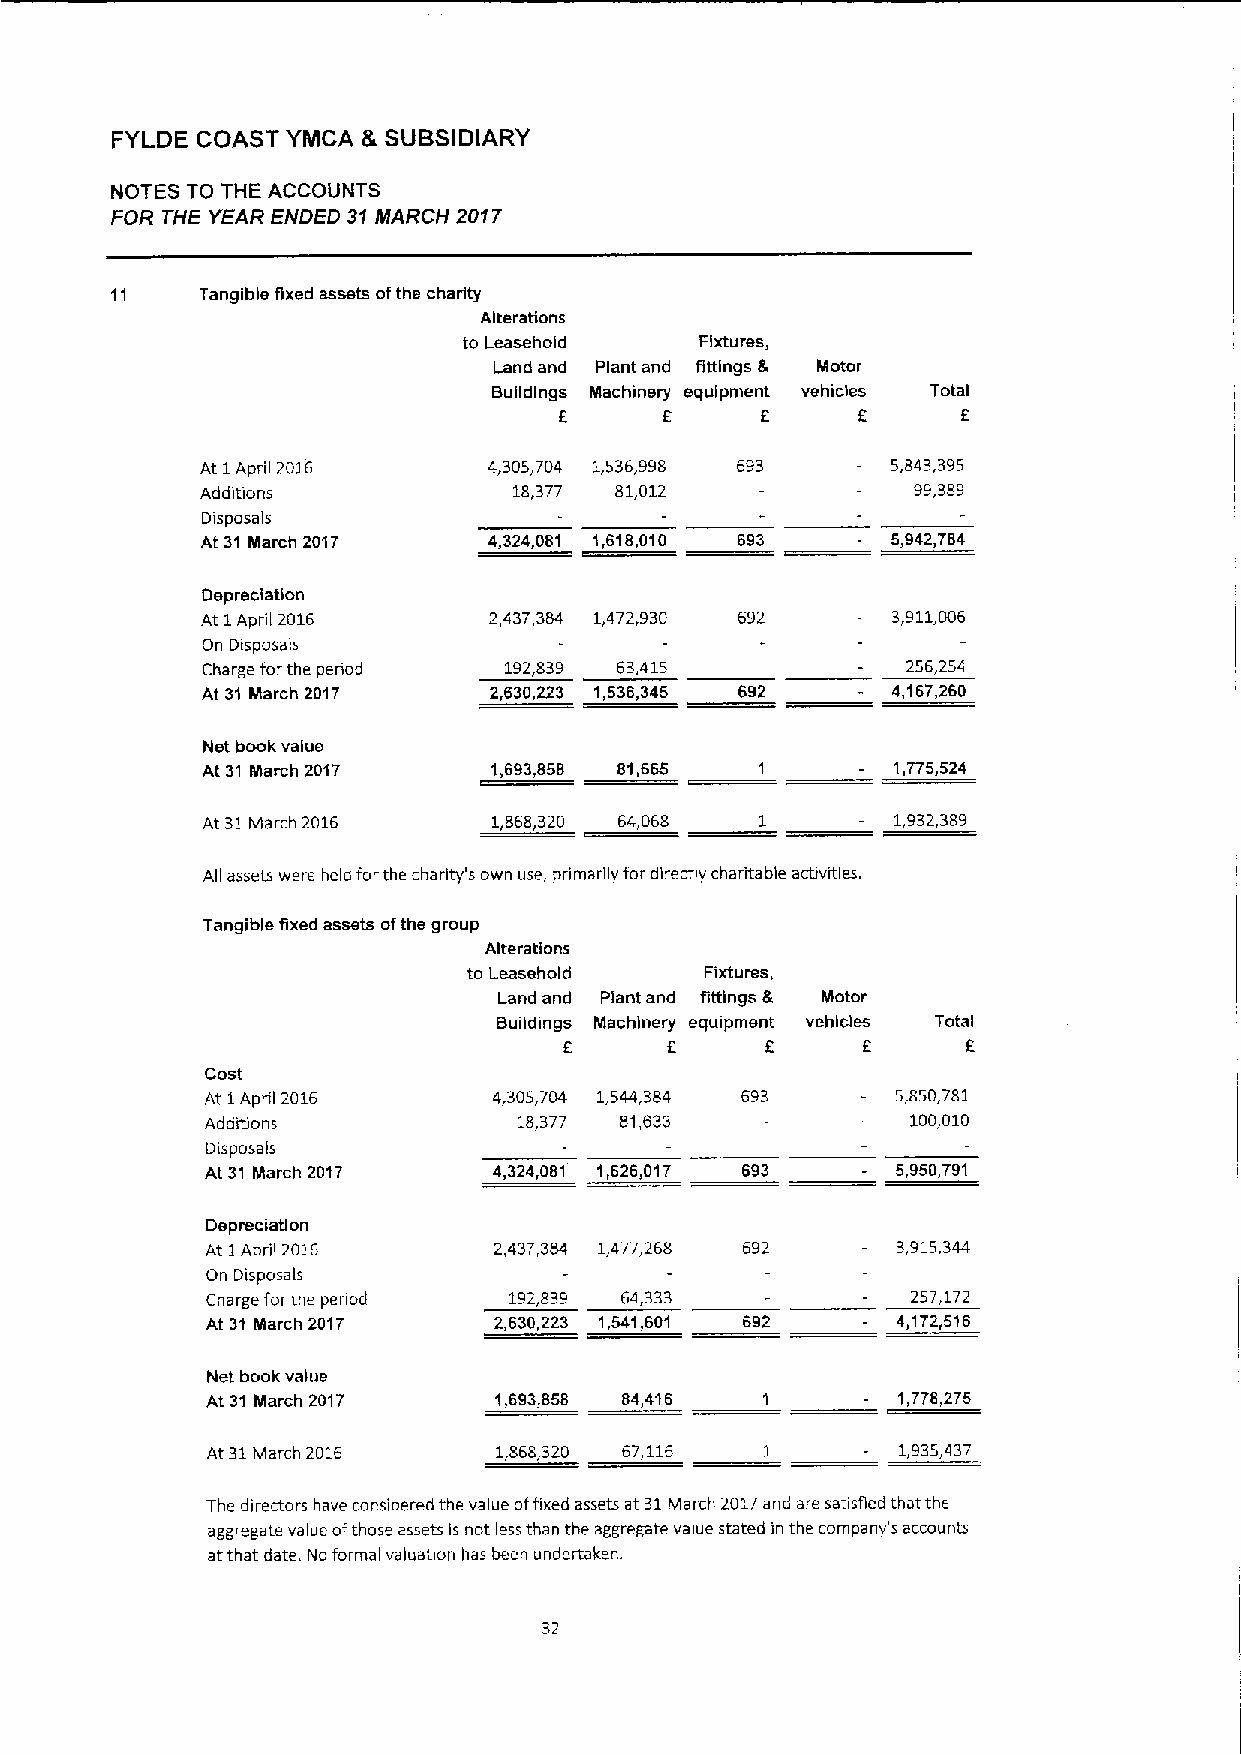
FYLDE COAST YIHCA L SUBSIDIARY
 NOTES TO THE ACCOUNTS
 FOR THE YEAR ENDED 31 MARCH 2017
 Tangible fixed assets ofthe charity
 Alterations
 to Leasehold   Fixtures,
 Land and Plant and fittings & Nlotor
 Buildings Machinery equipment vehicles Total
 f                          f
 E
 At 1April 2016     4,305,704 1,536,998 693    5,843,395
 Additions            18,377 81,012             99,389
 Disposais
 At 31 March 2017   4,324,081 1,618,010 693    5,942,784
 Depreciation
 At 1April 2016     2,437,384 1,472,930 692    3,911,006
 On Disposais
 Charge forthe penod 192,839 63,415             256,254
 At 31 March 2017   2,630,223 1,536,345 692    4,167,260
 Net book value
 At 31 March 2017   1,693,858 81,665           1,775,524
 At 31March 2016     1,868,320 64,068          1,932,389
 All assets were held forthe charity's own use, primarily for directly charitable activities.
 Tangible fixed assets ofthe group
 Alterations
 to Leasehold    Fixtures,
 Land and Plant and fittings & Motor
 Buildings Machinery equipment vehicles Total
 f
 E      E
 Cost
 At 1April 2016     4,305,704 1,544,384 693   5,850,781
 Addlbons            18,377 81,633             100,010
 Disposais
 At 31 March 2017   4,324,081 1,626,017 693   5,950,791
 Depreciation
 At 1April 2016     2,437,384 1,477,268 692   3,915,344
 On Dispose ls
 Charge forthe pened 192,839 64,333            257,172
 At 31 Nlarch 2017  2,630,223 1,541,601 692   4,172,516
 Net book value
 At 31 March 2017   1,693,858 84,416          1,778,275
 At 31March 2016    1,868,320 67,116          1,935,437
 The directors have considered the value offixed assets at 31March 2017and are satisfied that the
 aggregate value ofthose assets is not less than the aggregate value stated in the company's accounts
 atthat date. No formal valuation has been undertaken.
 32